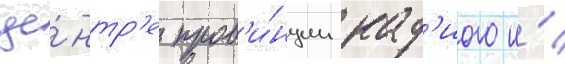
це́нтр'е пров'и́нции кад'иого и́